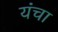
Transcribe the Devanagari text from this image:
यंचा